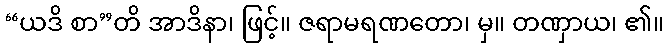
“ယဒိ စာ”တိ အာဒိနာ၊ ဖြင့်။ ဇရာမရဏတော၊ မှ။ တဏှာယ၊ ၏။